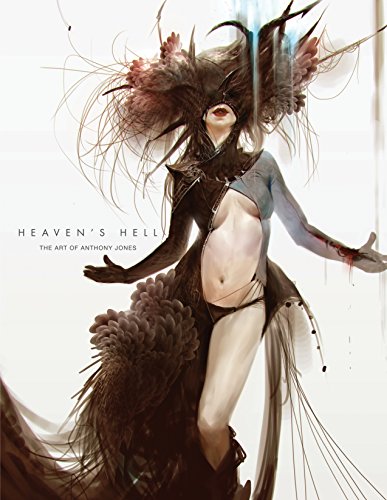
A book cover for Heaven's Hell; Anthony Jones; Arts & Photography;